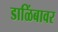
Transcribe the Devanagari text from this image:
डाळिंबावर